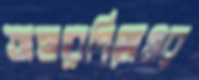
তাহারেপিজেএর